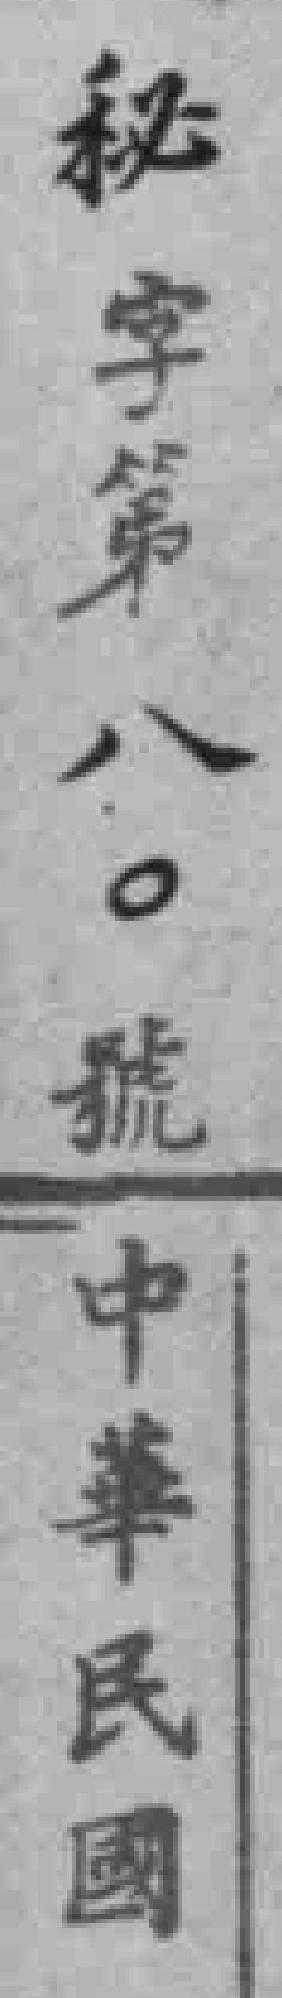
秘字第八〇號中華民國